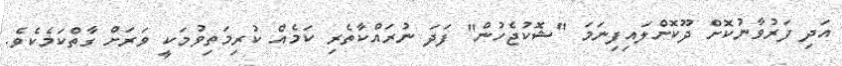
އަދި ފަރުވާނުކޮށް ދޫކޮށްލައިފިނަމަ ''ޝޮކުޖެހުން'' ފަދަ ނުރައްކާތެރި ކަމެއް ކުރިމަތިވުމަކީ ވަރަށް ގާތްކަމެކެވެ.